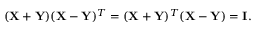
( \mathbf { X } + \mathbf { Y } ) ( \mathbf { X } - \mathbf { Y } ) ^ { T } = ( \mathbf { X } + \mathbf { Y } ) ^ { T } ( \mathbf { X } - \mathbf { Y } ) = \mathbf { I } .